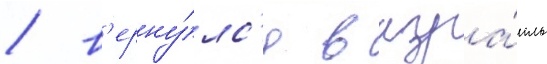
/ в'ерну́лс'я в изра́иль